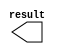
module COLOR_BLOB (
	result);

	output	[7:0]  result;

endmodule